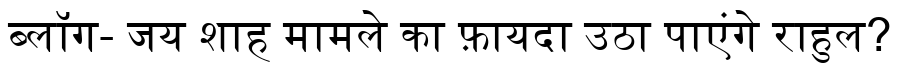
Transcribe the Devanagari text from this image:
ब्लॉग- जय शाह मामले का फ़ायदा उठा पाएंगे राहुल?